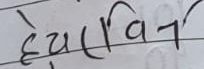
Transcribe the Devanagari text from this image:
देहरादून